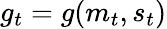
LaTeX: g_{t}=g(m_{t},s_{t})